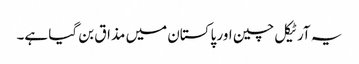
یہ آرٹیکل چین اور پاکستان میں مذاق بن گیا ہے۔